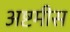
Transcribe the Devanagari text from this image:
अष्टमीस